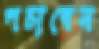
পচাবেন